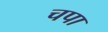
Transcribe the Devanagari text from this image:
चपा